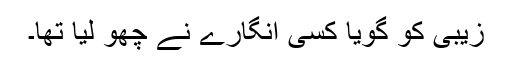
زیبی کو گویا کسی انگارے نے چھو لیا تھا۔